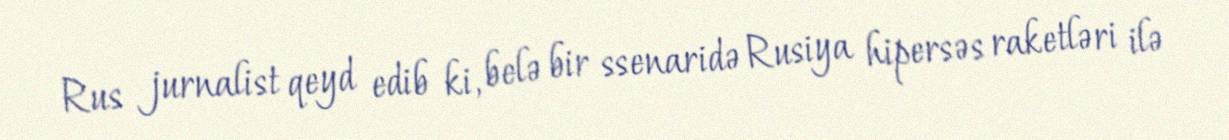
Rus jurnalist qeyd edib ki, belə bir ssenaridə Rusiya hipersəs raketləri ilə